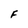
Character: F